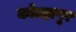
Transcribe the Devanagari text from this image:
काेेल्हापूर